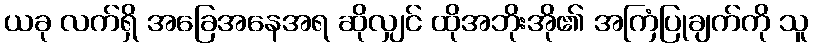
ယခု လက်ရှိ အခြေအနေအရ ဆိုလျှင် ထိုအဘိုးအို၏ အကြံပြုချက်ကို သူ